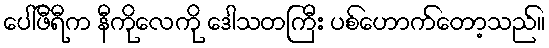
ပေါ်ဖီရီက နီကိုလေကို ဒေါသတကြီး ပစ်ဟောက်တော့သည်။